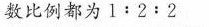
数比例都为1:2:2